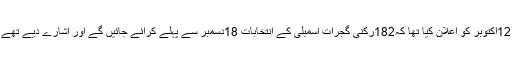
واضح رہے کہ چیف الیکشن کمشنر نے 12اکتوبر کو اعلان کیا تھا کہ182رکنی گجرات اسمبلی کے انتخابات 18دسمبر سے پہلے کرائے جائیں گے اور اشارے دیے تھے کہ ووٹوں کی گنتی 18دسمبر کو ہوگی۔